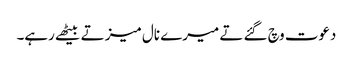
دعوت وچ گئے تے میرے نال میز تے بیٹھے رہے۔